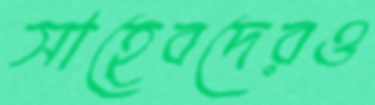
সাহেবদেরও